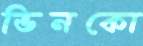
ভিনকো